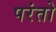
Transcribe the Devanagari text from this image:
परंतो